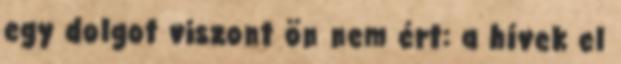
egy dolgot viszont ön nem ért: a hívek el